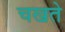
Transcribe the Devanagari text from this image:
चखते